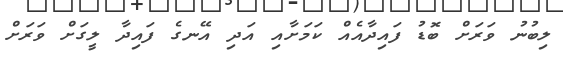
ލިބުނު ވަރަށް ބޮޑު ފައިދާއެއް ކަމަށާއި އަދި އޭނގެ ފައިދާ ލީގަށް ވަރަށް